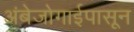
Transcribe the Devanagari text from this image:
अंबेजोगाईपासून